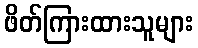
ဖိတ်ကြားထားသူများ